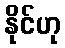
နိုင်ဟု